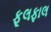
ફૂલફાલ